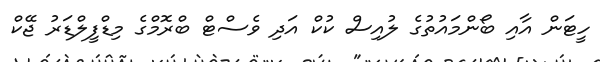
ހީޓަން އާއި ބޯންމައުތުގެ ލުއިސް ކުކް އަދި ވެސްޓް ބްރޮމްގެ މިޑްފީލްޑަރު ޖޭކް